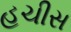
હચીસ